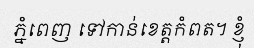
ភ្នំពេញ ទៅកាន់ខេត្តកំពត។ ខ្ញុំ